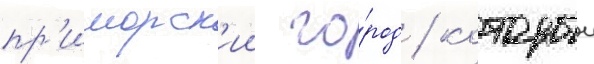
пр'иморск'ии го́род / которыи